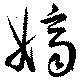
嫡